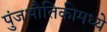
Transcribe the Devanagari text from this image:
पुंजभौतिकीमध्ये